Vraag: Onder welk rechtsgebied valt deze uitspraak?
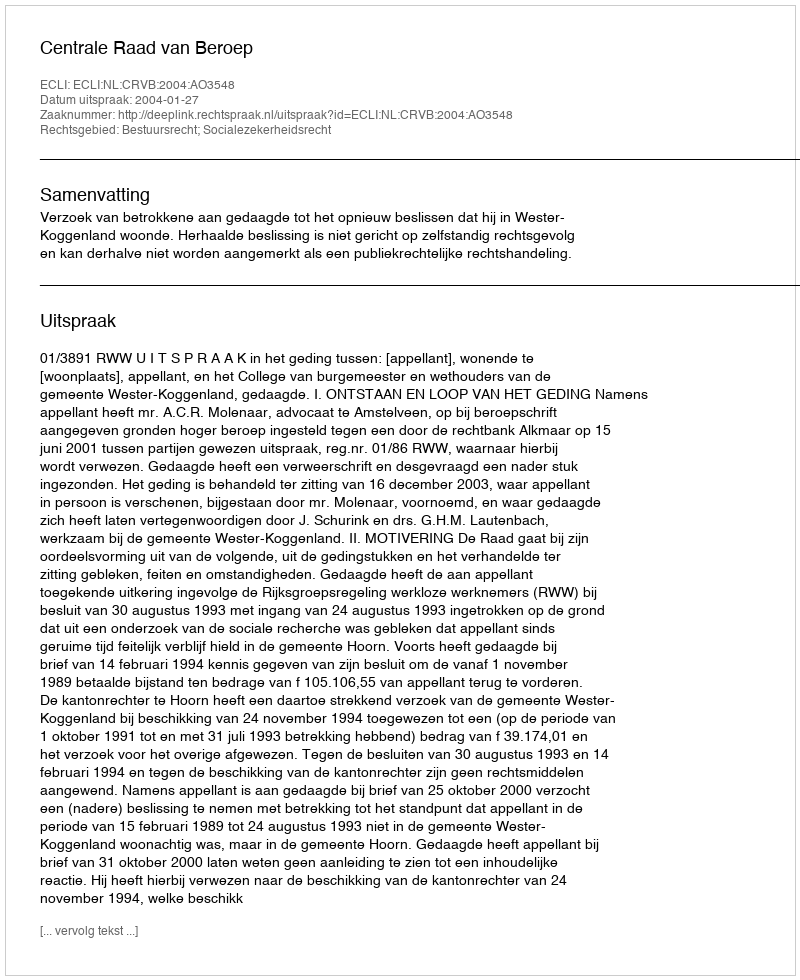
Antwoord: Bestuursrecht; Socialezekerheidsrecht